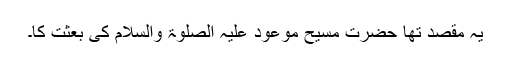
یہ مقصد تھا حضرت مسیح موعود علیہ الصلوۃ والسلام کی بعثت کا۔